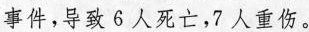
事件，导致 6人死亡，7人重伤。